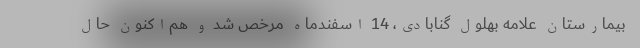
بیمارستان علامه بهلول گنابادی، 14 اسفندماه مرخص شد و هم‌اکنون حال